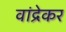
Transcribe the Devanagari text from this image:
वांद्रेकर